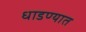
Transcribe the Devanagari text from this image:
धाडण्यात